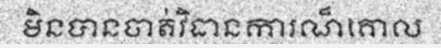
មិនបានចាត់វិធានការណ៏គោល